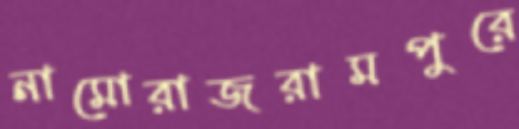
নামোরাজরামপুরে